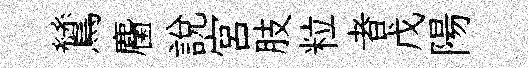
鷥麕說宮肢粒者戊陽